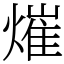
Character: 熣